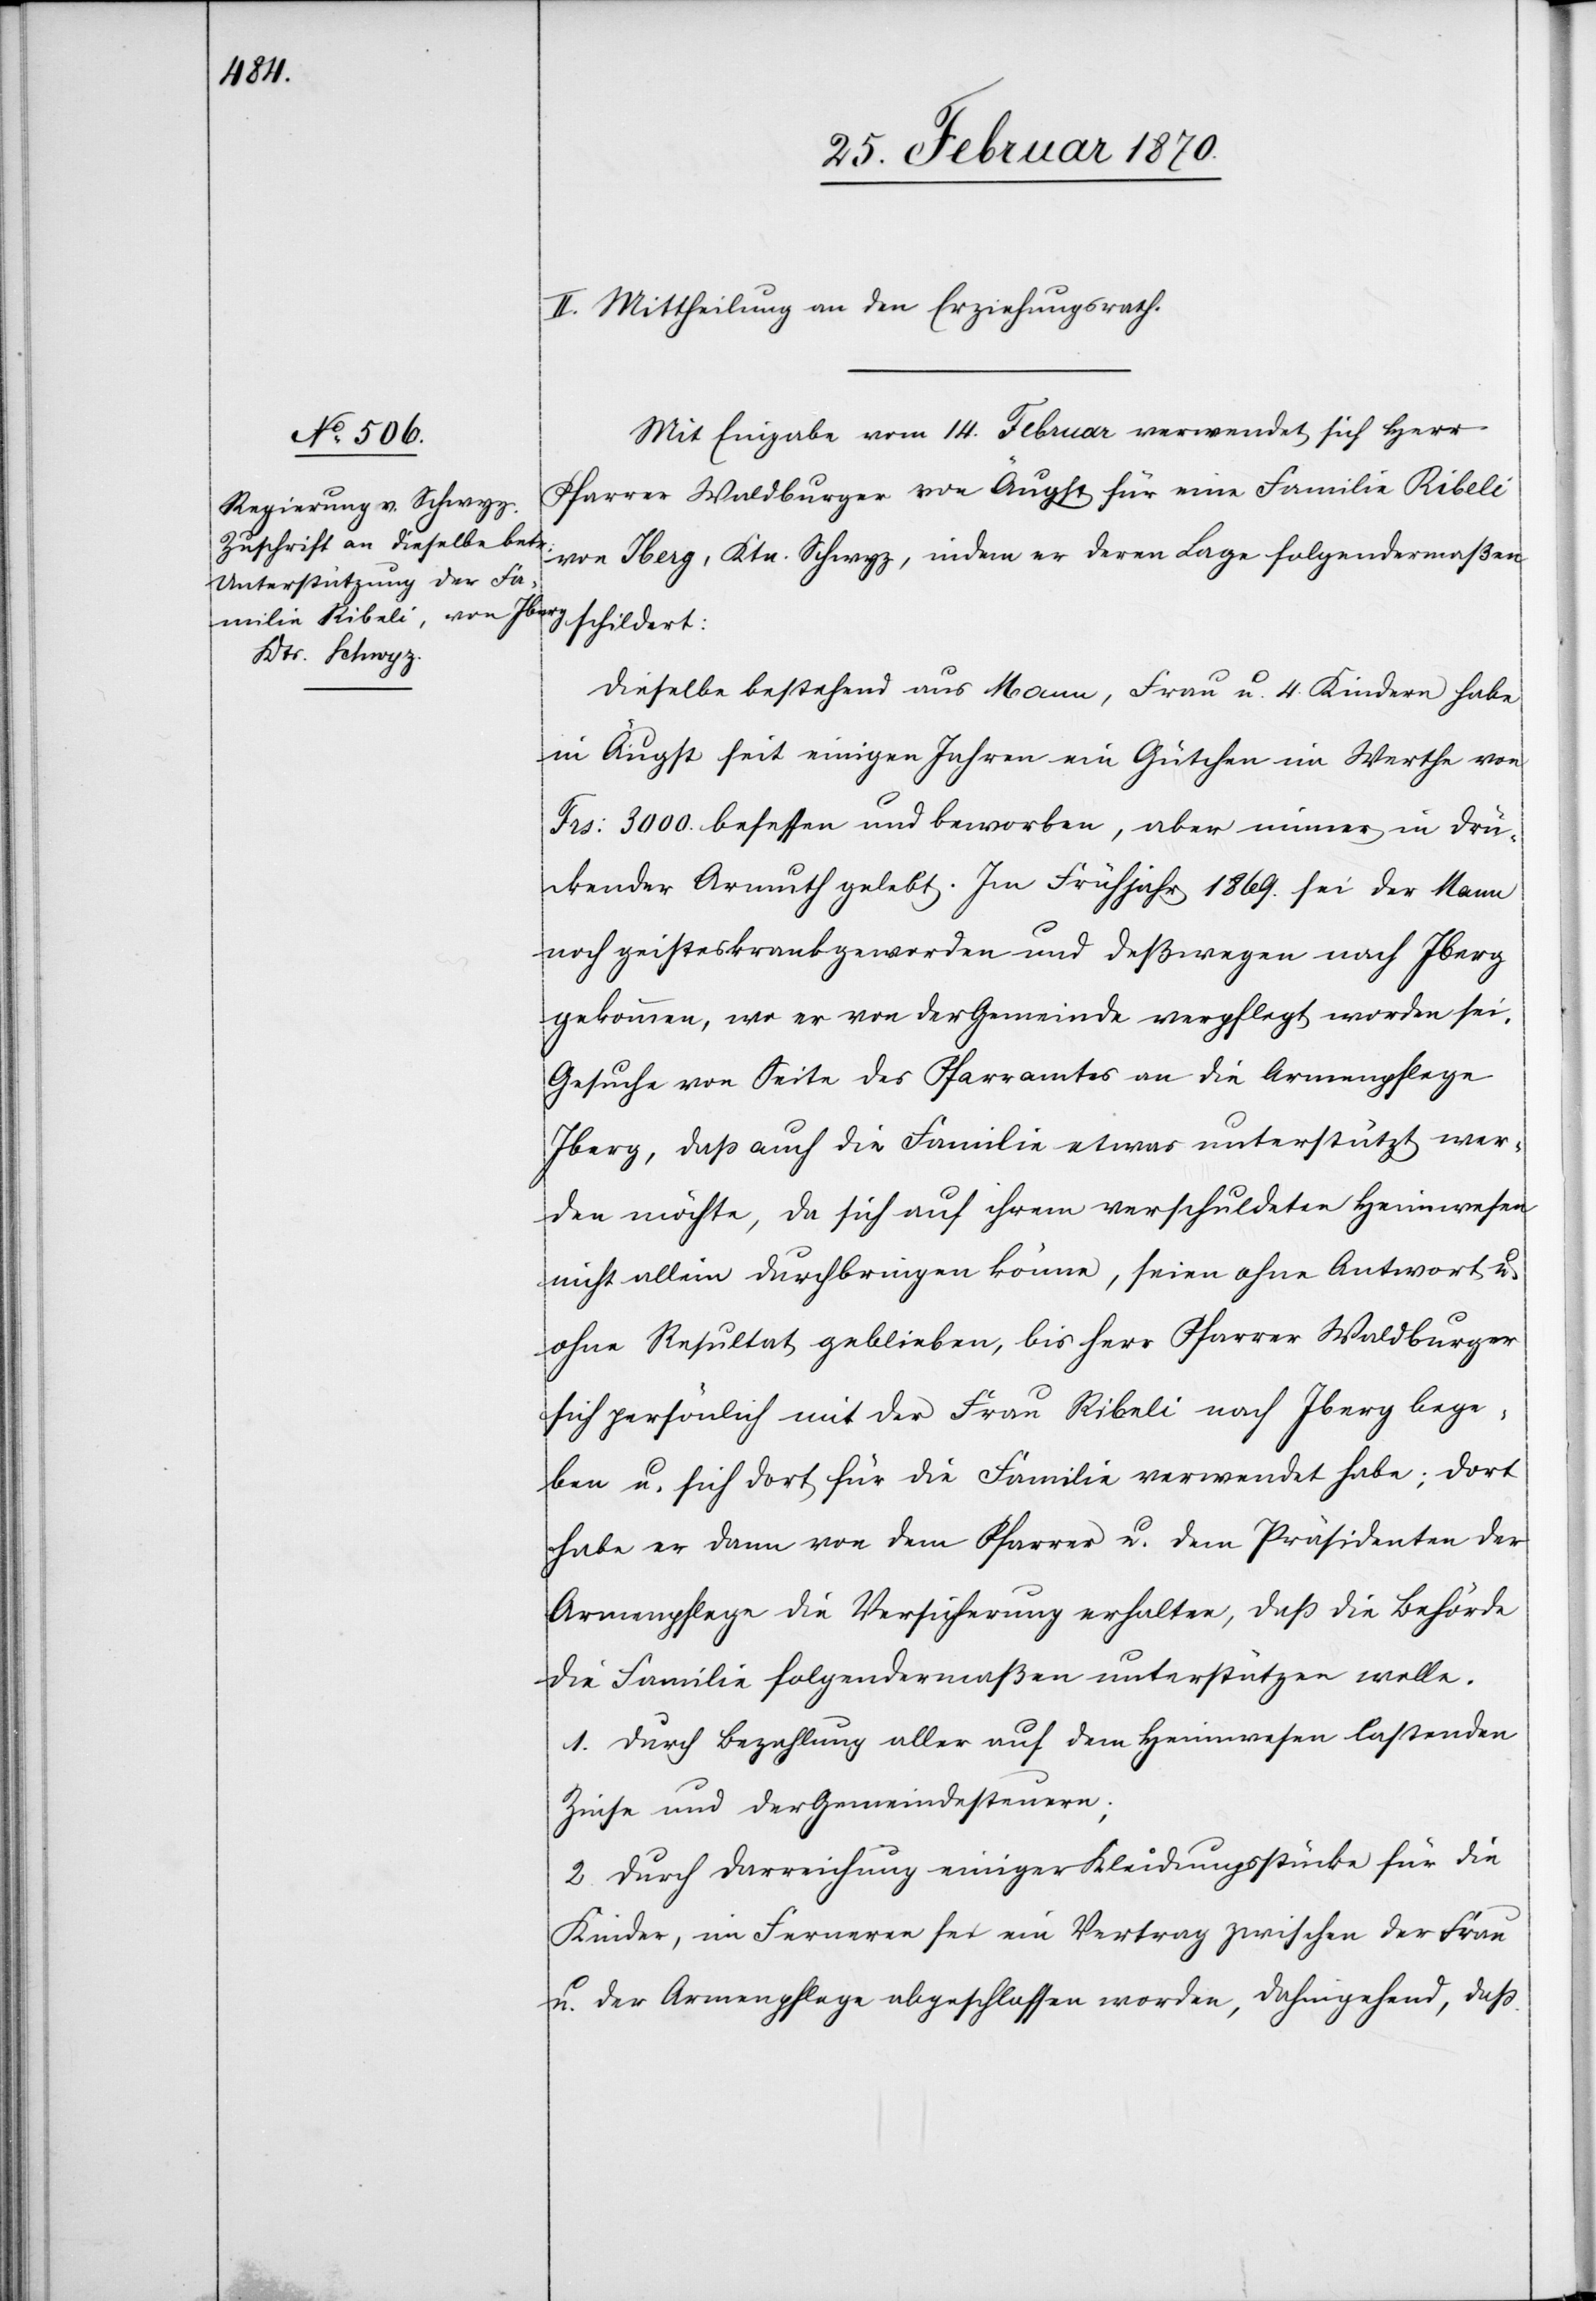
II. Mittheilung an den Erziehungsrath.
Mit Eingabe vom 14. Februar verwendet sich Herr
Pfarrer Waldburger von Äugst für eine Familie Ribeli
von Iberg, Ktn. Schwyz, indem er deren Lage folgendermaßen
Dieselbe bestehend aus Mann, Frau u. 4 Kindern habe
in Äugst seit einigen Jahren ein Gütchen im Werthe von
Frs. 3000 besessen und beworben, aber in drü¬
ckender Armuth gelebt. Im Frühjahr 1869. sei der Mann
noch geisteskrank geworden und deßwegen nach Iberg
gekommen, wo er von der Gemeinde verpflegt worden sei.
Gesuche von Seite des Pfarramtes an die Armenpflege
Iberg, daß auch die Familie etwas unterstützt wer¬
den möchte, da [sie] sich auf ihrem verschuldeten Heimwesen
nicht allein durchbringen könne, seien ohne Antwort u.
ohne Resultat geblieben, bis Herr Pfarrer Waldburger
sich persönlich mit der Frau Ribeli nach Iberg bege¬
ben u. sich dort für die Familie verwendet habe; dort
habe er dann von dem Pfarrer u. dem Präsidenten der
Armenpflege die Versicherung erhalten, daß die Behörde
die Familie folgendermaßen unterstützen wolle.
1. durch Bezahlung aller auf dem Heimwesen lastenden
Zinse und der Gemeindesteuern;
2. durch Darreichung einiger Kleidungsstücke für die
Kinder, im Ferneren sei ein Vertrag zwischen der Frau
u. der Armenpflege abgeschlossen worden, dahingehend, daß